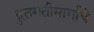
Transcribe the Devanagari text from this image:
द्रुतगतीमार्गाचे